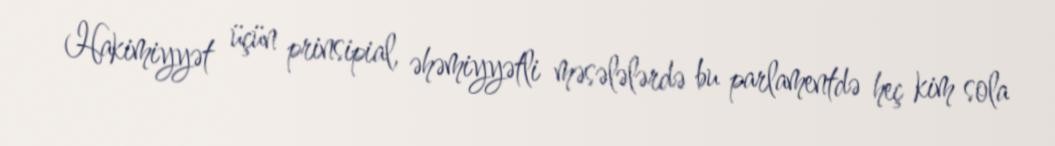
Hakimiyyət üçün prinsipial, əhəmiyyətli məsələlərdə bu parlamentdə heç kim sola